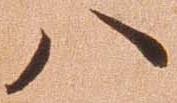
八